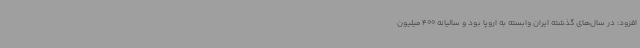
افزود: در سال‌های گذشته ایران وابسته به اروپا بود و سالیانه 400 میلیون